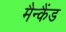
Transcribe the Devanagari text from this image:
मैन्कैंड